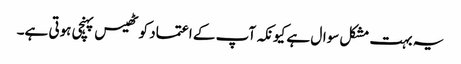
یہ بہت مشکل سوال ہے کیونکہ آپ کے اعتماد کو ٹھیس پہنچی ہوتی ہے۔